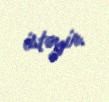
istəyir.